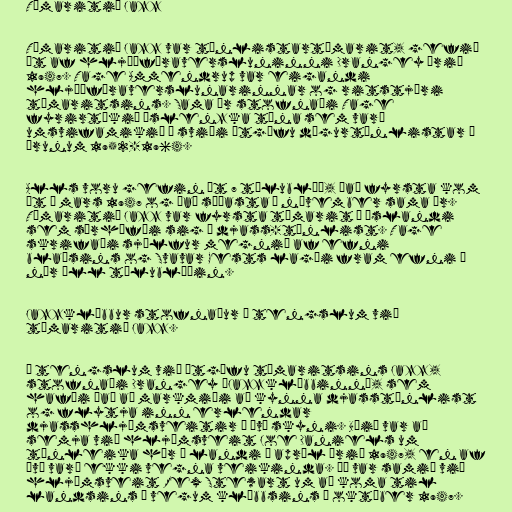
Tímaritið Jazz

Tímaritið Jazz var tónlistartímarit, gefið
út af hljóðfæraversluninni Drangey árið
1947. Tage Ammendrup var eigandi
hljóðfæraverslunarinnar og ritstjóri
tímaritsins. Sama ár stofnaði Tage
fyrirtækið Íslenzka tóna sem varð
umsvifamikið á sviði útgáfu dægurtónlistar á
árunum 1952-1964.

Alls voru gefin út 7 tölublöð, það fyrsta kom
út í mars 1947 og það síðasta í nóvember sama ár.
Tímaritið Jazz var fyrsta tímarit á Íslandi
sem sérhæfði sig í djass-tónlist. Tage
skrifaði sjálfur megnið af efni
blaðsins og Svavar Gests lagði fram efni í
nær öll tölublöðin.

Jazzklúbbur stofnaður í tengslum við
tímaritið Jazz.

Í tengslum við útgáfu tímaritsins Jazz,
stofnaði Drangey „Jazzklúbbinn”, sem
hafði það að markmiði að kynna djasstónlist
og flytja inn erlendar
djasshljómsveitir í því skyni. Búið var að
semja við hljómsveit Joe Daniels um
tónleika hér á landi í apríl árið 1947, en af
því varð ekki vegna veikinda. Þá var samið við
hljómsveit Rex Stewart um að koma til
landsins á vegum klúbbsins í október 1947.